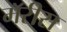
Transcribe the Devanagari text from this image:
मॅरीस